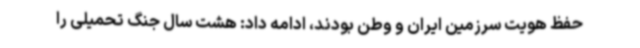
حفظ هویت سرزمین ایران و وطن بودند، ادامه داد: هشت سال جنگ تحمیلی را